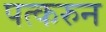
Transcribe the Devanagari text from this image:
पत्‍करुन